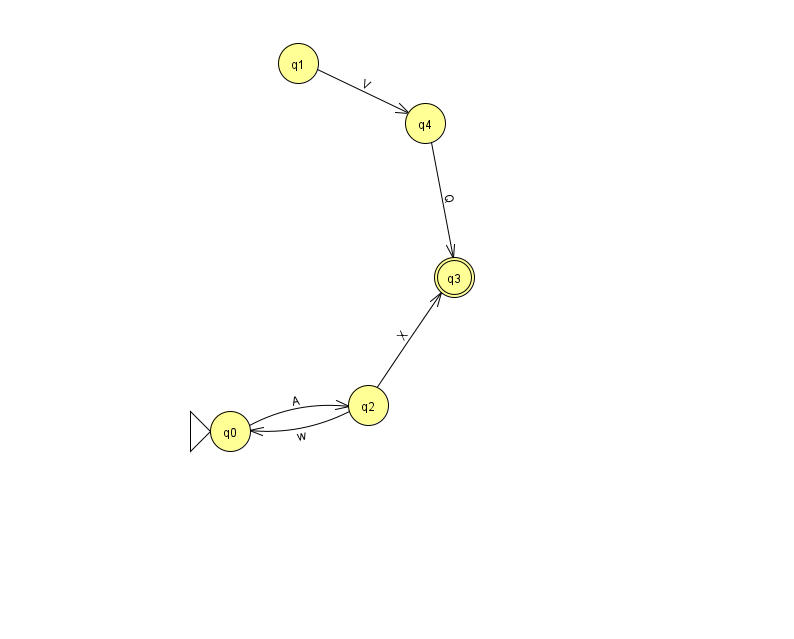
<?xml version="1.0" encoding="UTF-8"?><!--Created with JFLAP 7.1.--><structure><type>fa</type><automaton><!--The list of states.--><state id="0" name="q0"><x>230.0</x><y>418.0</y><initial/></state><state id="1" name="q1"><x>298.0</x><y>50.0</y></state><state id="2" name="q2"><x>368.0</x><y>392.0</y></state><state id="3" name="q3"><x>454.0</x><y>264.0</y><final/></state><state id="4" name="q4"><x>425.0</x><y>110.0</y></state><!--The list of transitions.--><transition><from>1</from><to>4</to><read>V</read></transition><transition><from>0</from><to>2</to><read>A</read></transition><transition><from>2</from><to>3</to><read>X</read></transition><transition><from>4</from><to>3</to><read>Q</read></transition><transition><from>2</from><to>0</to><read>w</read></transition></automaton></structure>